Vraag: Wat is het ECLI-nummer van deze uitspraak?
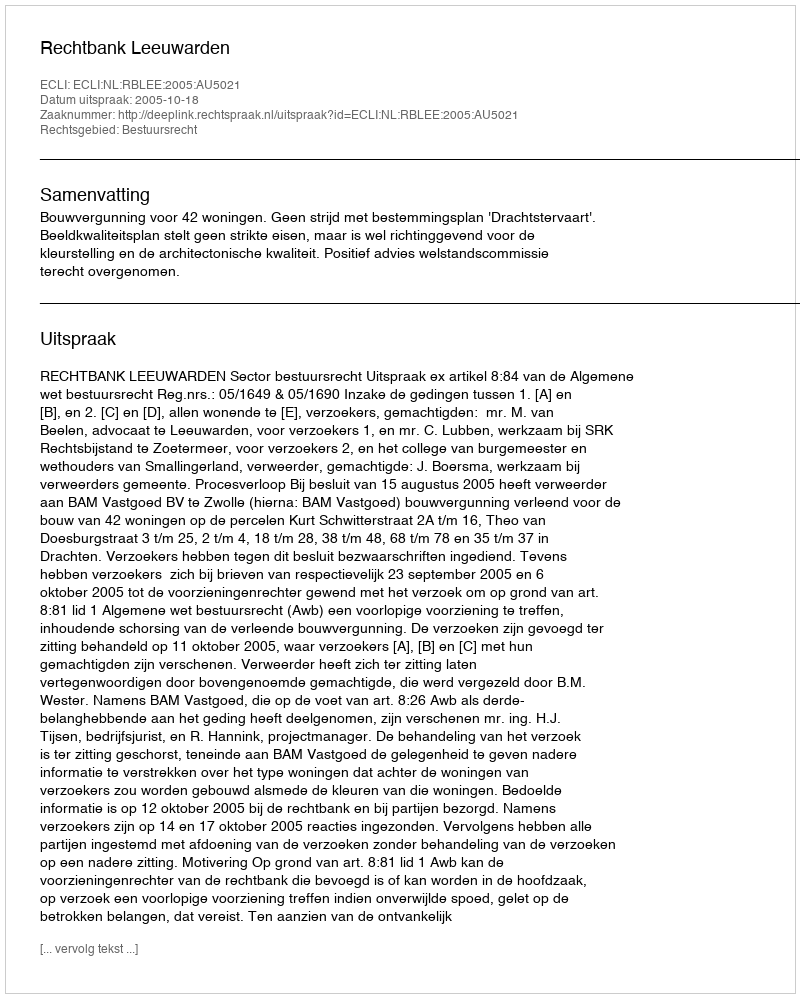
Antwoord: ECLI:NL:RBLEE:2005:AU5021